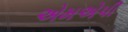
એમએપી